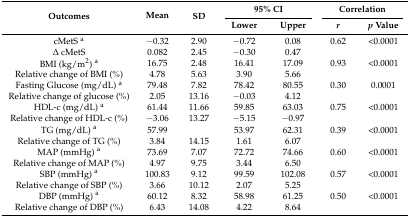
| <ROWSPAN=2> Outcomes | <ROWSPAN=2> Mean | <ROWSPAN=2> SD | <COLSPAN=2> 95% CI | <COLSPAN=2> Correlation |
 | Lower | Upper | r | p Value |
 | --- | --- | --- | --- | --- | --- | --- |
 | cMetS a | −0.32 | 2.90 | −0.72 | 0.08 | 0.62 | <0.0001 |
 | ∆ cMetS | 0.082 | 2.45 | −0.30 | 0.47 |  |  |
 | BMI (kg/m2) a | 16.75 | 2.48 | 16.41 | 17.09 | 0.93 | <0.0001 |
 | Relative change of BMI (%) | 4.78 | 5.63 | 3.90 | 5.66 |  |  |
 | Fasting Glucose (mg/dL) a | 79.48 | 7.82 | 78.42 | 80.55 | 0.30 | 0.0001 |
 | Relative change of glucose (%) | 2.05 | 13.16 | −0.03 | 4.12 |  |  |
 | HDL-c (mg/dL) a | 61.44 | 11.66 | 59.85 | 63.03 | 0.75 | <0.0001 |
 | Relative change of HDL-c (%) | −3.06 | 13.27 | −5.15 | −0.97 |  |  |
 | TG (mg/dL) a | 57.99 |  | 53.97 | 62.31 | 0.39 | <0.0001 |
 | Relative change of TG (%) | 3.84 | 14.15 | 1.61 | 6.07 |  |  |
 | MAP (mmHg) a | 73.69 | 7.07 | 72.72 | 74.66 | 0.60 | <0.0001 |
 | Relative change of MAP (%) | 4.97 | 9.75 | 3.44 | 6.50 |  |  |
 | SBP (mmHg) a | 100.83 | 9.12 | 99.59 | 102.08 | 0.57 | <0.0001 |
 | Relative change of SBP (%) | 3.66 | 10.12 | 2.07 | 5.25 |  |  |
 | DBP (mmHg) a | 60.12 | 8.32 | 58.98 | 61.25 | 0.50 | <0.0001 |
 | Relative change of DBP (%) | 6.43 | 14.08 | 4.22 | 8.64 |  |  |